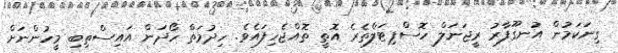
ގިނަކަމުން އުނގޫފާރު ރީޖަނަލް ހޮސްޕިޓަލްތެރެ އޮތީ ތޮއްޖެހިފައެވެ. ހިދުމަތް ހޯދަން އައިސްތިބި މީހުންނަށް